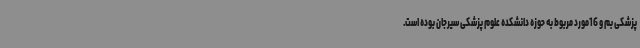
پزشکی بم و 16مورد مربوط به حوزه دانشکده علوم پزشکی سیرجان بوده است.